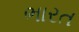
ભારત